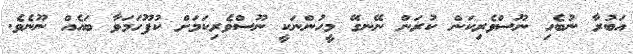
އަބުރާ ނުބެހި ނޫސްވެރިކަން ކުރަން ނޭނގޭ މީހުންނަކީ ނޫސްވެރިކަމަށް ކުފޫހަމަވާ ބައެއް ނޫނެވެ.